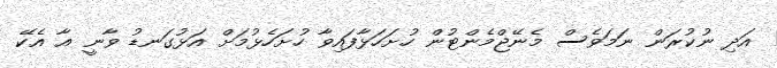
އަދި ނުކުރަން ނަމަވެސް މެނޭޖްމެންޓުން ހުށަހަޅާފައިވާ ހުށަހެޅުމަށް އަޅުގަނޑު ވާނީ އާ އެކޭ